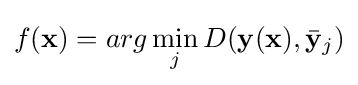
f(\mathbf {x} )=arg\min _{j}D(\mathbf {y} (\mathbf {x} ),{\bar {\mathbf {y} }}_{j})